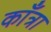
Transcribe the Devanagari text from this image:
काँत्रा